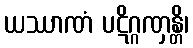
ယဿာဏံ ပဋိဂ္ဂဏှန္တိ၊